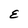
Character: E